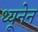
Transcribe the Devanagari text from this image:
थ्यूनेन